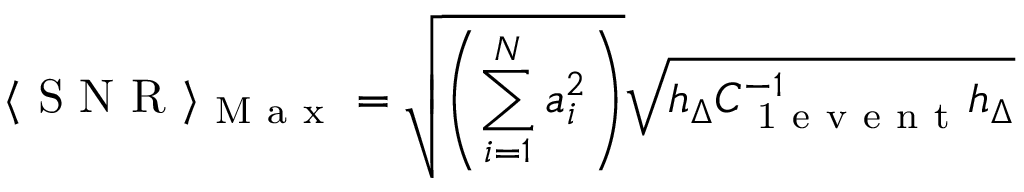
\langle \mathrm { ~ S ~ N ~ R ~ } \rangle _ { \mathrm { ~ M ~ a ~ x ~ } } = \sqrt { \left( \sum _ { i = 1 } ^ { N } a _ { i } ^ { 2 } \right) } \sqrt { h _ { \Delta } C _ { \mathrm { ~ 1 ~ e ~ v ~ e ~ n ~ t ~ } } ^ { - 1 } h _ { \Delta } }